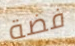
فضة